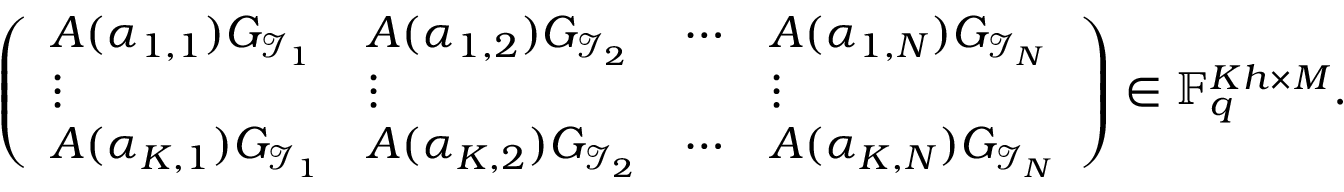
\left( \begin{array} { l l l l } { A ( \alpha _ { 1 , 1 } ) G _ { \mathcal { I } _ { 1 } } } & { A ( \alpha _ { 1 , 2 } ) G _ { \mathcal { I } _ { 2 } } } & { \cdots } & { A ( \alpha _ { 1 , N } ) G _ { \mathcal { I } _ { N } } } \\ { \vdots } & { \vdots } & & { \vdots } \\ { A ( \alpha _ { K , 1 } ) G _ { \mathcal { I } _ { 1 } } } & { A ( \alpha _ { K , 2 } ) G _ { \mathcal { I } _ { 2 } } } & { \cdots } & { A ( \alpha _ { K , N } ) G _ { \mathcal { I } _ { N } } } \end{array} \right) \in \mathbb { F } _ { q } ^ { K h \times M } .